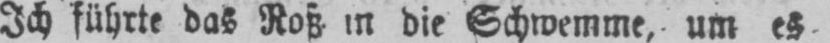
Ich führte das Roß in die Schwemme, um es